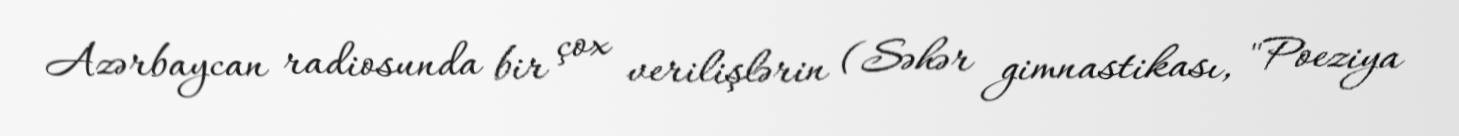
Azərbaycan radiosunda bir çox verilişlərin (Səhər gimnastikası, "Poeziya